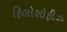
ફિલોસોફીઝ